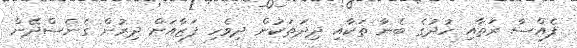
ފެއްސާ ރަތާއި ހުދުގެ ބެނާ ތަކާއި ދިދަތަކުން ދިވެހި ފަޒާއަށް ދިރުން ގެނެސްދޭން